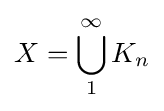
X=\bigcup _{1}^{\infty }K_{n}